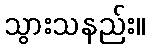
သွားသနည်း။